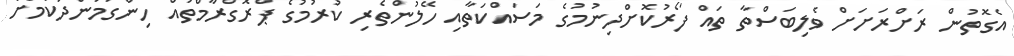
އެގޮތުން ރަށްރަށަށް ވެލިބަސްތާ ތައް ފޯރުކޮށްދިނުމުގެ މަސައްކަތާއި ހޭލުންތެރި ކުރުމުގެ ޕްރޮގްރާމްތައް ހިންގަމުންދާކަމަށް